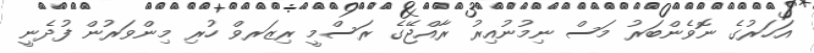
އަހަރުގެ ނޮވެންބަރު މަސް ނިމުނުއިރު ރާއްޖޭގެ ރަސްމީ ރިޒަރވް ހުރި މިންވަރުން ފުދެނީ